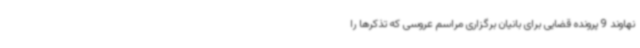
نهاوند 9 پرونده قضایی برای بانیان برگزاری مراسم عروسی که تذکرها را